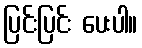
ပြင်းပြင်း ပေးပါ။